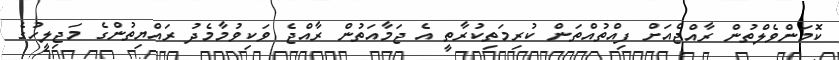
ކޮމަންވެލްތުން ރާއްޖެއަށް ފިއްތުއްތަން ކުރިމަތިކުރާތީ އެ ޖަމާއަތުން ރާއްޖެ ވަކިވުމާމެދު ރައްޔިތުންގެ މަޖިލީހުގެ